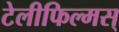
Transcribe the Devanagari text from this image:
टेलीफिल्मस्